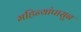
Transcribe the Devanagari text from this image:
महिन्यांपासून